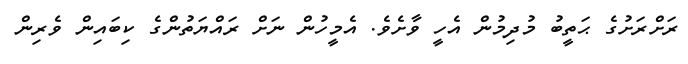
ރަށްރަށުގެ ޙަތީބު މުދިމުން އެހީ ވާށެވެ. އެމީހުން ނަށް ރައްޔަތުންގެ ކިބައިން ވެރިން